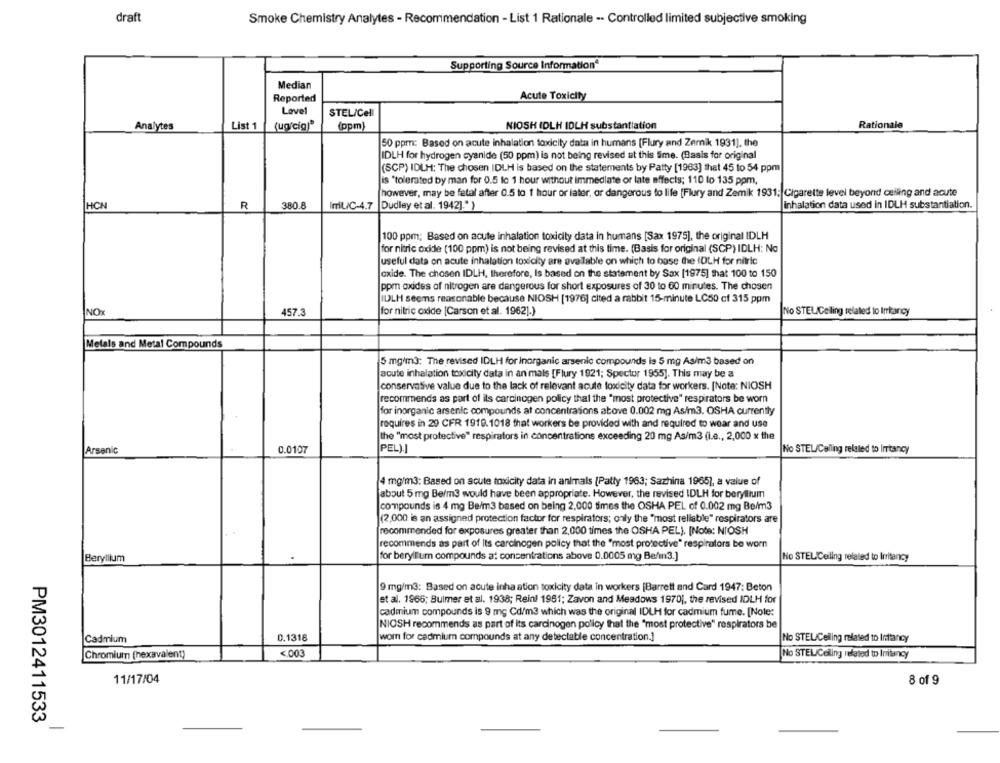
draft
Smoke Chemistry Analytes - Recommendation - List 1 Rationale -- Controlled limited subjective smoking
Supporting Source Information
Median
Reported
Acute Toxicity
Level
STEL/Cell
Analytes
List 1
(ug cig)"
(ppm]
NIOSH IDLH IDLH substantiation
Rationale
50 ppm: Based on acute inhalation toxicity data in humans [Flury and Zemnik 1931], the
IDLH for hydrogen cyanide (50 ppm) is not being revised at this time. (Basis for original
(SCP) IDLH: The chosen IDLH is based on the statements by Patty [1963] that 45 to 54 ppm
is "tolerated by man for 0.5 lc 1 hour without immediate or late affects; 110 to 135 ppm,
however, may be fatal after 0.5 to 1 hour or later, or dangerous to life [Flury and Zemik 1931. Cigarette level beyond ceiling and acute
HCN
R
380.8
ImL/C-4.7
Dudley et al. 1942]." )
inhalation data used in IDLH substantiation.
100 ppm; Based on acute inhalation toxicity data in humans [Sax 1975], the original IDLH
for nitric oxide (100 ppm) is not being revised at this time. (Basis for original (SCP) IDLH: No
useful data on acute inhalation toxicity are available on which to base the IDLH for nitric
oxide. The chosen IDLH, therefore, Is based on the statement by Sax [1975] that 100 to 150
ppm oxides of nitrogen are dangerous for short exposures of 30 to 60 minutes. The chosen
IDLH seems reasonable because NIOSH [1976] cited a rabbit 15-minute LC50 cf 315 ppm
NO
457.3
for nitric oxide [Carson et al. 1962].)
No STEL/Ceiling related to Intancy
Metals and Metal Compounds
5 mg/m3: The revised IDLH for inorganic arsenic compounds is 5 mg As/m3 based on
acute inhalation toxicity data in an'mais [Flury 1921; Spector 1955]. This may be a
|conservative value due to the lack of relevant acute toxicity data for workers. [Note: NIOSH
recommends as part of its carcinogen policy that the "most protective" respirators be worn
for inorganic arsenic compounds at concentrations above 0.002 mg As/m3. OSHA currently
requires in 29 CFR 1919.1018 that workers be provided with and required to wear and use
the "most protective" respirators in concentrations exceeding 20 mg As/m3 (i.e ., 2,000 x the
Arsenic
0.0107
PEL).]
No STEL/Calling relaled to Irrtancy
4 mg/m3: Based on acute toxicity data in animals (Pally 1963; Sazhina 1965), a value of
about 5 mg Beim3 would have been appropriate. However, the revised IDLH for beryllium
compounds is 4 mg Be/m3 based on being 2,000 times the OSHA PEL of 0.002 mg Be/m3
(2,000 is an assigned protection factor for respirators; only the "most reliable" respirators are
recommended for exposures greater than 2,000 times the OSHA PEL). [Note: NIOSH
recommends as part of Its carcinogen policy that the "most protective" respirators be worn
Beryllium
for beryllium compounds a: concentrations above 0.0005 mg Be/m3.]
No STELICeiling related to Irritancy
9 mg/m3: Based on acute inha ation toxicity data in workers [Barrett and Card 1947; Beton
et al. 1966; Bulmer et al. 1938; Reinl 1961; Zavon and Meadows 1970), the revised IDLH for
cadmium compounds is 9 mg Cd/m3 which was the original IDLH for cadmium fume. [Note:
NIOSH recommends as part of its cardinogen policy that the "most protective" respirators be
Cadmium
0.1318
wom for cadmium compounds at any detectable concentration.]
No STEL/Celing related to Inttancy
Chromium (hexavalent)
<003
No STELICeling related to Irritancy
11/17/04
8 of 9
PM3012411533
-